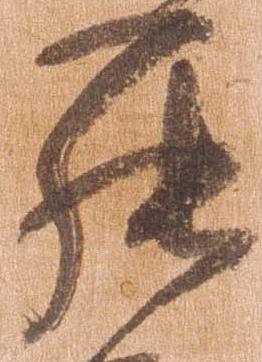
罷